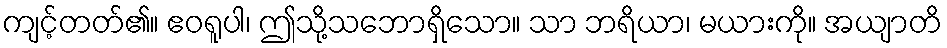
ကျင့်တတ်၏။ ဧဝရူပါ၊ ဤသို့သဘောရှိသော။ သာ ဘရိယာ၊ မယားကို။ အယျာတိ